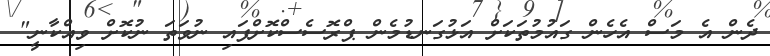
ދެން އެ މަސް އެހެން ގައުމުތަކަށް އަޅުގަނޑުމެން ޕްރޮސެސްކޮށްފައި ނުވަތަ ނުކޮށް ވިއްކާނީ"